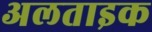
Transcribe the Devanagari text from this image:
अलताइक